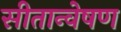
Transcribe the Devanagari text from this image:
सीतान्वेषण